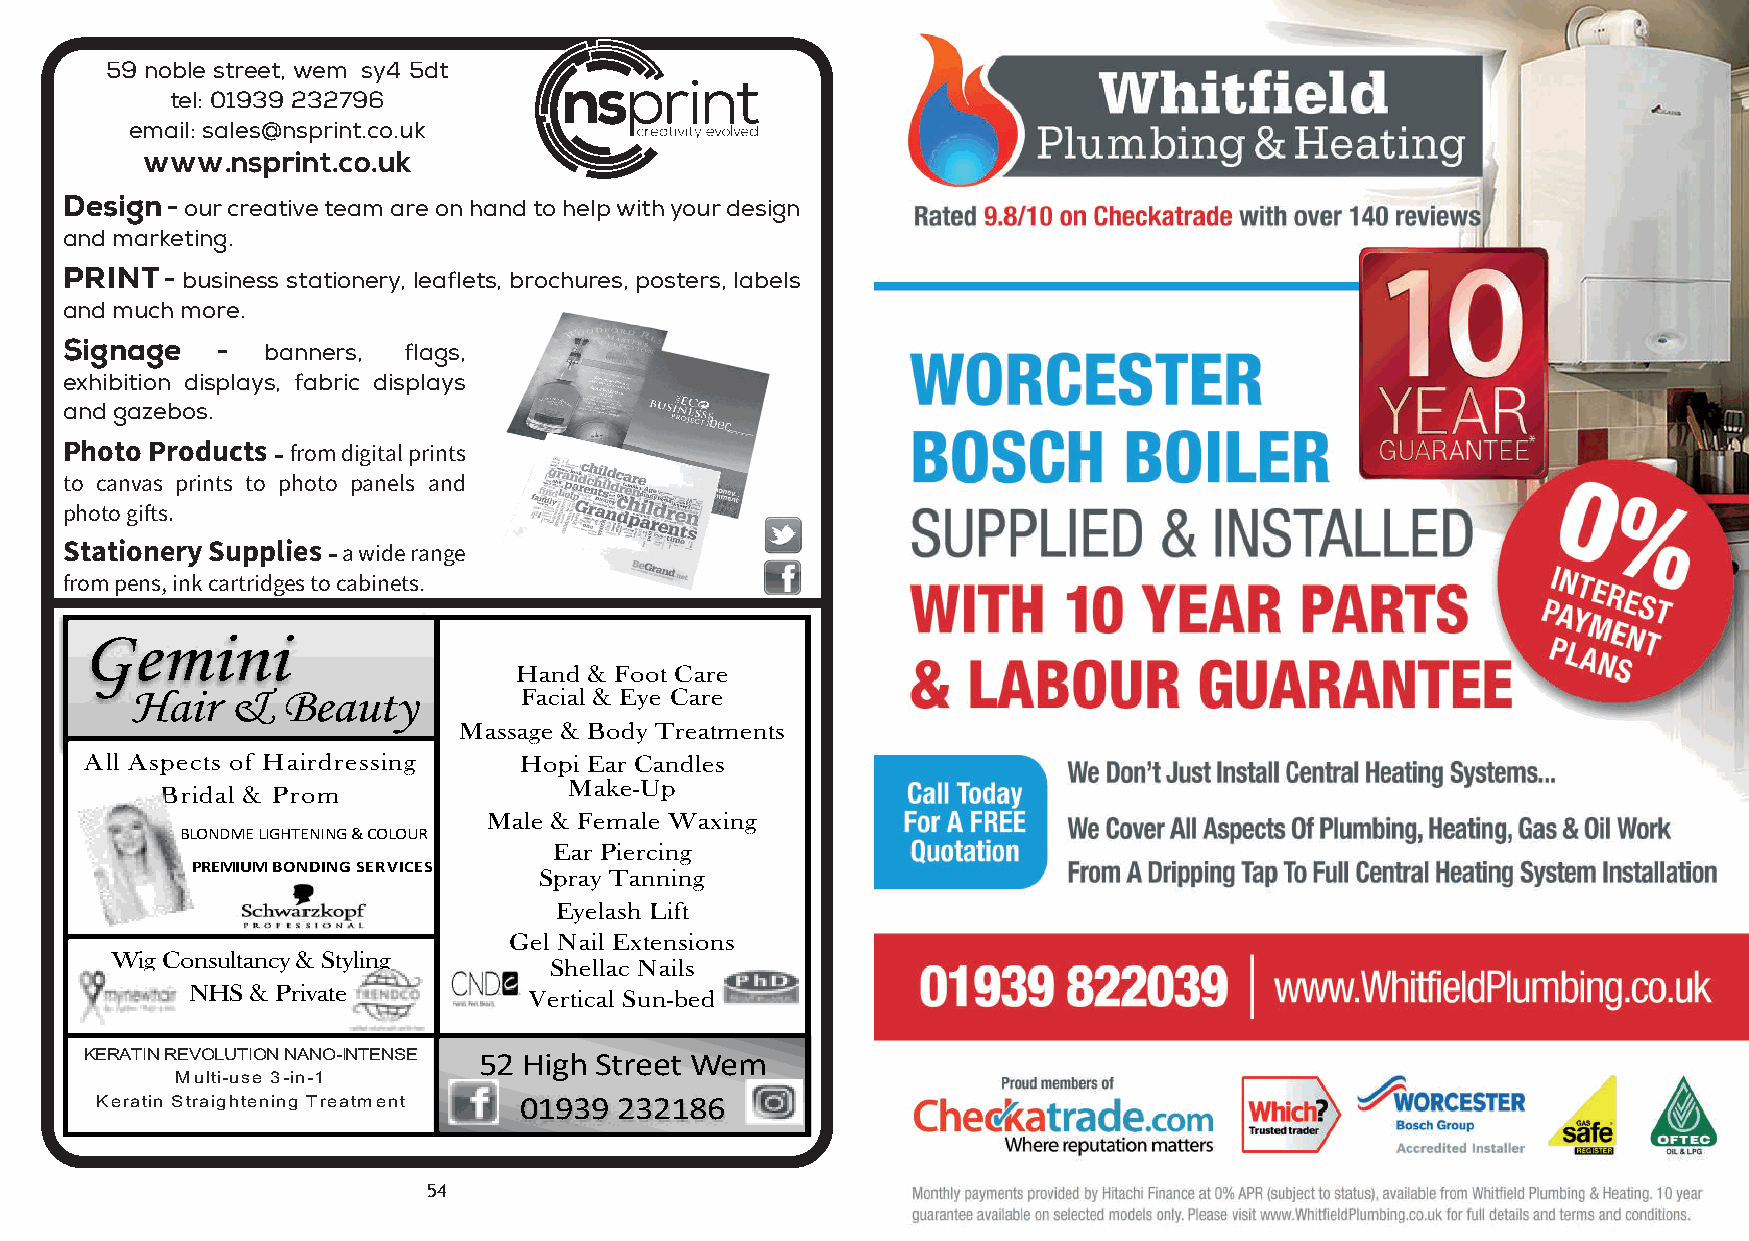
59 noble street, wem sy4 5dt
 tel: 01939 232796
 email: sales@nsprint.co.uk
 www.nsprint.co.uk
 Design - our creative team are on hand to help with your design
 and marketing.
 PRINT  - business stationery, leaflets, brochures, posters, labels
 and much more.
 Signage   -  banners,  flags,
 exhibition displays, fabric displays
 and gazebos.
 Photo Products - from digital prints
 to canvas prints to photo panels and
 photo gifts.
 Stationery Supplies - a wide range
 from pens, ink cartridges to cabinets.
 Gemini
 Hand & Foot Care
 Hair  &   Beauty         Facial & Eye Care
 Massage & Body Treatments
 All Aspects of Hairdressing Hopi Ear Candles
 Make-Up
 Bridal & Prom
 Male & Female Waxing
 BLONDME LIGHTENING & COLOUR
 Ear Piercing
 PREMIUMBONDING SERVICES
 Spray Tanning
 Eyelash Lift
 Gel Nail Extensions
 Wig Consultancy & Styling
 Shellac Nails
 NHS  & Private         Vertical Sun-bed
 KERATIN REVOLUTION NANO-INTENSE 52 High Street Wem
 Multi-use 3-in-1
 Keratin Straightening Treatment 01939 232186
 54                                                        55
 whitfield-A5-flyer-13-01939.indd 1              30/10/2018 11:55